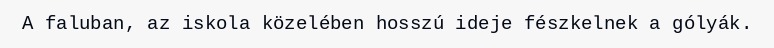
A faluban, az iskola közelében hosszú ideje fészkelnek a gólyák.